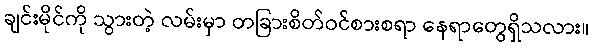
ချင်းမိုင်ကို သွားတဲ့ လမ်းမှာ တခြားစိတ်ဝင်စားစရာ နေရာတွေရှိသလား။